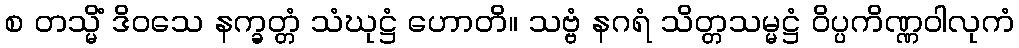
စ တသ္မိံ ဒိဝသေ နက္ခတ္တံ သံဃုဋ္ဌံ ဟောတိ။ သဗ္ဗံ နဂရံ သိတ္တသမ္မဋ္ဌံ ဝိပ္ပကိဏ္ဏဝါလုကံ